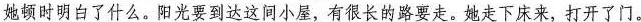
她顿时明白了什么。阳光要到达这间小屋，有很长的路要走。她走下床来，打开了门。